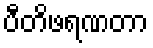
ပီတိဖရဏတာ